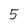
Character: 5